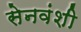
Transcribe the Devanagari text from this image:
सेनवंशी